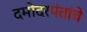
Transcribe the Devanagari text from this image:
दमोदरपंतांचे